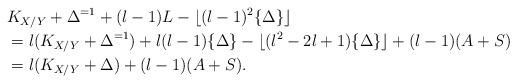
LaTeX: \begin{align*}&K_{X/Y}+\Delta^{=1}+(l-1)L-\lfloor (l-1)^2 \{\Delta\}\rfloor\\&=l(K_{X/Y}+\Delta^{=1})+l(l-1)\{\Delta\}-\lfloor (l^2-2l+1)\{\Delta\}\rfloor +(l-1)(A+S)\\&=l(K_{X/Y}+\Delta)+(l-1)(A+S). \end{align*}